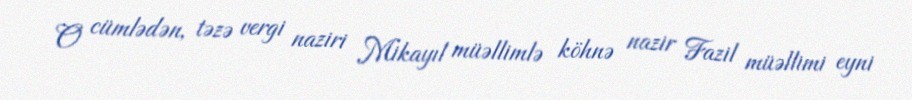
O cümlədən, təzə vergi naziri Mikayıl müəllimlə köhnə nazir Fazil müəllimi eyni